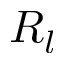
R _ { l }